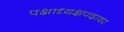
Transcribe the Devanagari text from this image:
पक्षाध्यक्षपदावर